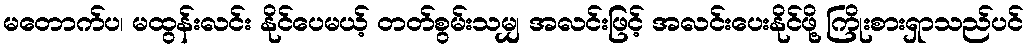
မတောက်ပ၊ မထွန်းလင်း နိုင်ပေမယ့် တတ်စွမ်းသမျှ အလင်းဖြင့် အလင်းပေးနိုင်ဖို့ ကြိုးစားရှာသည်ပင်